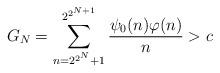
LaTeX: \begin{align*}G_N=\sum_{n=2^{2^N}+1}^{2^{2^{N+1}}}\frac{\psi_0(n)\varphi(n)}{n}>c\end{align*}